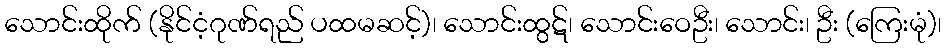
သောင်းထိုက် (နိုင်ငံ့ဂုဏ်ရည် ပထမဆင့်)၊ သောင်းထွဋ်၊ သောင်းဝေဦး၊ သောင်း၊ ဦး (ကြေးမုံ)၊